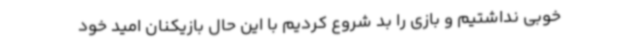
خوبی نداشتیم و بازی را بد شروع کردیم با این حال بازیکنان امید خود